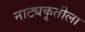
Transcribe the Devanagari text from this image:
नाट्यकृतीला